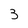
Character: 3